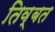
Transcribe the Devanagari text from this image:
तिव्बत